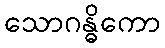
သောဂန္ဓိကော